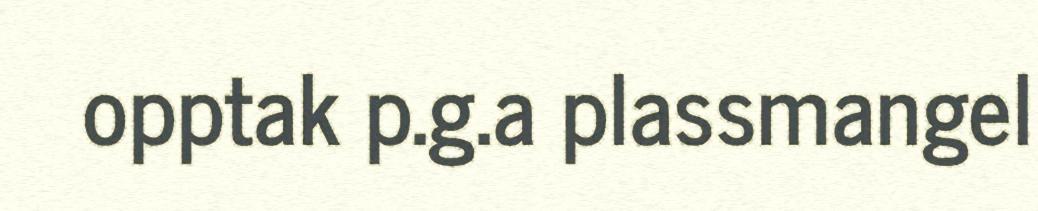
opptak p.g.a plassmangel